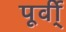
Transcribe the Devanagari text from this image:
पूर्वी्